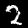
Label: 2